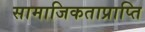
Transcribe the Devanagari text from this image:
सामाजिकताप्राप्ति